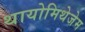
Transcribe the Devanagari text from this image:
थायोमिथेजेम